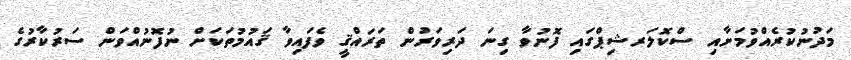
މަދުނުކުރެއްވުމަށާއި ސްކޮލަރޝިޕްގައި ފޮނުވާ ގިނަ ދަރިވަރުން ތަރައްޤީ ވެފައިވާ ޤައުމުތަކަށް ނުފޮނުއްވަން ސަރުކާރުގެ